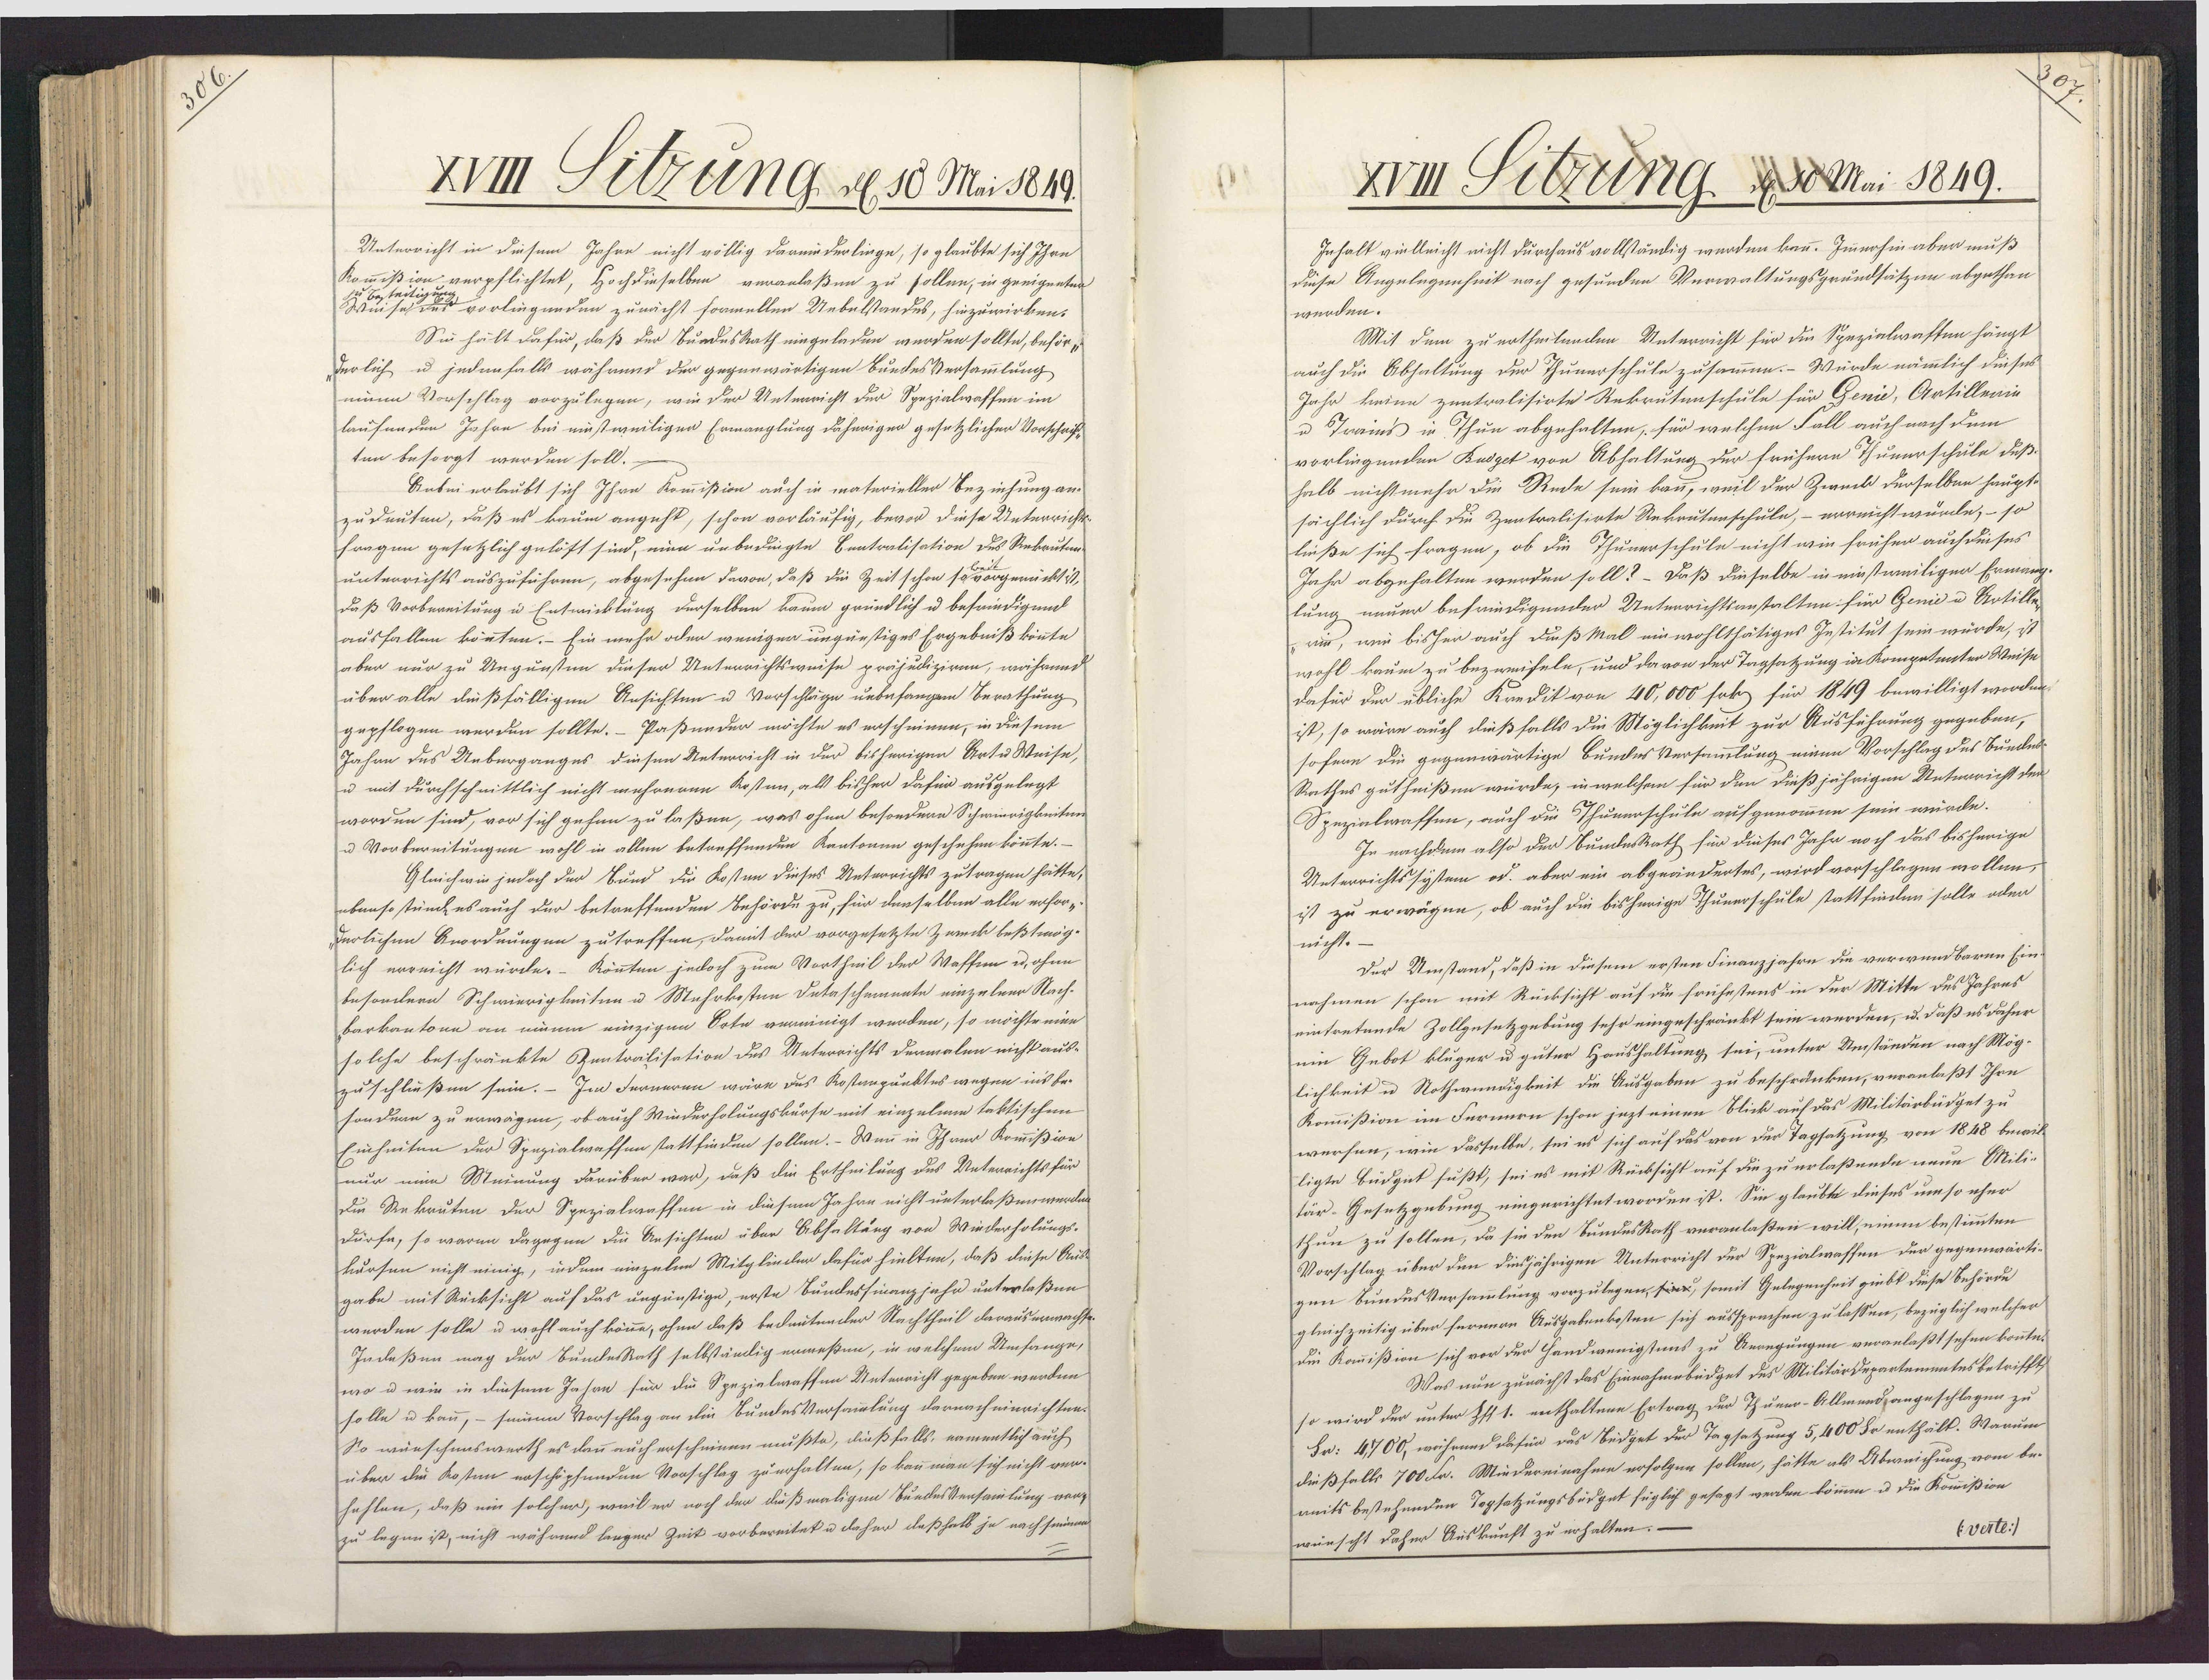
XVIII Sitzung de. 10 Ma 1849.
Unterricht in diesem Jahre nicht völlig darmiderlinge, so glaubte sich Ihre
verpflichtet, Hochdieselben veranlaßen zu sollen, in geeigneten
vorliegenden zunächst sormellen Uebelstandes, hinzuwirken.
Sie hält dafür, daß der BundesRath eingeladen werden sollte, behör¬
derlich u jedenfalls während der gegenwärtigen BundesVersammlung
eene Vorschlag vorzulegen, wie der Unterricht der Spezialwaffen im
laufenden Jahre bei einstweiligen Ermanglung daherigen gesetzlichen Vorschrif¬
ten besorgt werden soll.-
Anbei erlaubt sich Ihan Kommißion auch in materieller Beziehung an¬
zudeuten, daß es kaum angeht, schon vorläufig, bevor diese Unterricht¬
fragen gesetzlich gelöft sind, eine unbedingte Centralisation des Rekruten¬
unterrichts auszuführen, abgesehen davon, daß die Zeit schon sa  orgemück ,
daß Vorbereitung u Entmicklung derselben kaum gründlich u befriedigend
ausfallen könten.- Ein mehr oder wenigen ungünstiges Ergebniß könnte
aber nur zu Ungunsten dieser Unterrichtsweise präjudiziren, während
über alle dießfälligen Ansichten u Vorschläge unbefangen Berathung
gepflogen werden sollte.– Paßunder möchte es erscheinen, in diesem
Jahnn des Ueberganges diesen Unterricht in der bisherigen Art u Weise,
u mit durchschnittlich nicht mehreren Kosten, als bisher dafür ausgelegt
worden sind, vor sich gehen zu laßen, was ohne besondere Schwierigkeiten
u Vorbereitungen wohl in allen betreffenden Kantonen geschehen könnte.
Gleichwie jedoch der Bund die Kosten dieses Unterrichts zutragen hätte,
ebenso stünde es auch der betreffenden Behörde zu, für denselben alle erfor¬
herlichen Anordnungen zutreffen, damit der vorgesetzte Zweck beßtmög¬
lich erreicht würde.- Könnten jedoch zum Vortheil der Waffen u. ohne
besondern Schwierigkeiten u Mehrkosten Detaschemnnte einzelner Nach¬
barkantone an einem einzigen Orte vereinigt werden, so möchte eine
solche beschränkte Zentralisation des Unterrichts Denmalen nicht aus¬
zu schließen sein. - Im Ferneren wäre des Kostenpunktes wegen ins be¬
sondern zu erwägen, ob auch Winderholungskurse mit einzelnen taktischen
Einheiten der Spezialwaffen stattfinden sollen.- Wenn in Ihrer Kommißion
nur eine Meinung darüber war, daß die Ertheilung des Unterrichts für
die Rekruten der Spezialwaffen in diesem Jahre nicht unterlaßen werden.
dürfe, so waren dagegen die Ansichten über Abhaltung von Wiederholungs¬
kursen nicht einig, indem einzelne Mitglieder dafür hielten, daß diese Aus¬
gabe mit Rücksicht auf das ungünstige, erste Bundesfinanz jahr unterlaßen
werden solle u wohl auch könne, ohne daß bedeutender Nachtheil darausenwachse¬
Indeßen mag der BundesRath selbständig ermeßen, in welchem Umfange,
wo u wir in diesem Jahre für die Spezialwassen Unterricht gegeben werden
solle u kau, — seinen Vorschlag an die BundesVersammlung darnach einrichten.
So wünschenswerth es dann auch erscheinen mußte, dießfalls, namentlich auch
über die Kosten erschöpfenden Vorschlag zu erhalten, so kauman sich nicht ver¬
hehlen, daß ein solcher, weil er noch der dußmaligen BundesVersamlung vor¬
zu legen ist, nicht während langer Zeit vorbereitet u daher deßhalb je nach seinem

XVIII Sitzung 0M 1849.
Inhalt vielleicht nicht durchaus vollständig werden kann. Imnohin aber muß
diese Angelegenheit nach gesunden Verwaltungsgrundsätzun abgethan
würden.
Mit dem zu ertheilenden Unterricht für die Spezielwaften hängt
auch die Abhaltung der Thunerschule zusammen.- Würde nämmlich dieses
Jahr keine zentralisirte Rekrutenschule für Genie, Artilleaie
u Tr i Thun abgehalten; für welchen Fall auch nach dem
vorliegenden Kudget von Abhaltung der frühere Thunerschule duß¬
halb nicht mehr die Rede sein kau, weil der Zweck derselben haupt¬
sächlich durch die Zentralisirte Uekrutenschule, – erreicht würde, - so
ließe sich fragen, ob die Thunerschule nicht wie früher auch dieses
Jahr abgehalten werden soll?– Daß dieselbe in einstweiliger Ermäng¬
lung neuer befriedigender Unterrichtsanstalten für Genie u Artille¬
"wir, wie bisher auch duß Mal ein wohlthätiges Institut sein würde, ist
wohl kaum zu bezweifeln, und davon der Tagsatzung in Kompetenter Weise
dafür der übliche Kredit von 100,000 Frk für 1849 bewilligt worden.
ist, so wäre auch dießfalls die Möglichkeit zur Ausführung gegeben,
sofern die gegenwärtige BundesVersammlung einen Vorschlag des Bunde¬
Rathes gutheißen würde, in welchem für den dießjährigen Unterricht dem
Spezialwaffen, auch die Thunerschule aufgenommen sein würde.
In nachdem also der BundesRath für dieses Jahr noch das bisherige
Unterrichtssystem od. aber ein abgeändertes, wird vorschlagen wollen,
ist zu erwägen, ob auch die bisherige Thunerschule stattfinden solle oder
nicht.
Der Umstand, daß in diesem ersten Finanzjahre die verwundbaren Ein¬
nahmen schon mit Rücksicht auf die frühestens in der Mitte des Jahres
eintretende Zollgesetzgebung sehr eingeschränkt sein werden, u. daß es dahür
ein Gebot kluger u guter Haushaltung sei, unter Umständen nach Mög¬
lichkeit u Nothwundigkeit die Ausgaben zu beschränken, veranlaßt Ihre
Kommißion im Fernern schon jezt einen Blick auf das Militärbüdget zu
wersen, wie dasselbe, sei es sich auf das von der Tagsatzung von 1848 bewil¬
ligte Büdgut fußt, sei es mit Rücksicht auf die zu erlaßende neue Mili¬
tär-Gesetzgebung eingerichtet worden ist. Sie glaubte dieses um so eher
thun zu sollen, da sie den SundesRath veranlaßen will, einem bestimmten
Vorschlag über den diesjährigen Unterricht der Spezialwassen der gegenwärti¬
gen BundesVersammlung vorzulegen, sie, somit Gelegenheit giebt diese Behörde
gleichzeitig über fernere Ausgebenkosten sich aussprechen zu lassen, bezüglich welcher
die Komißion sich vor der Handwenigstens zu Ueregungen veranlaßt sehen konnte.
Was nun zunächst das Einnahmebüdget des Militärdepartementes betrifft,
so wird der unter Z1 1. enthaltene Ertrag der Thue-Allmendangeschlagen zu
Fr: 4,700, während dafür das Bedget der Tagsetzung 5,400 Sr enthält. Warum
dießfalls 700 Fr. Miedereinahe erfolgen sollen, hätte als Abweichung vom be¬
reits bestehenden Tegsatzungsbüdget füglich gesagt werden können u die Kommißion
(verte:/
wünscht daher Auskunft zu erhalten. —